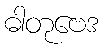
ဓါတုဗေဒ